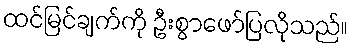
ထင်မြင်ချက်ကို ဦးစွာဖော်ပြလိုသည်။